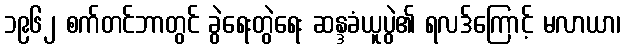
၁၉၆၂ စက်တင်ဘာတွင် ခွဲရေးတွဲရေး ဆန္ဒခံယူပွဲ၏ ရလဒ်ကြောင့် မလာယာ၊